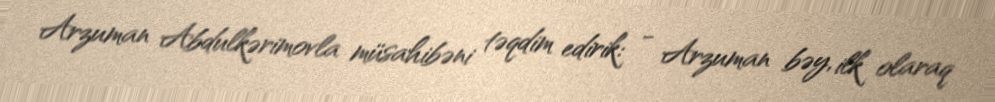
Arzuman Abdulkərimovla müsahibəni təqdim edirik: - Arzuman bəy, ilk olaraq